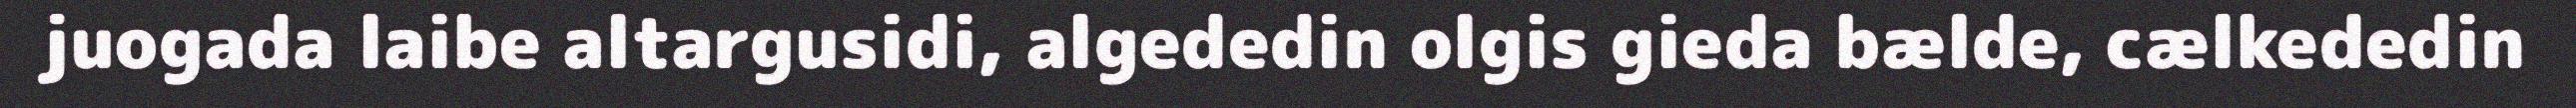
juogada laibe altargusidi, algededin olgis gieda bælde, cælkededin